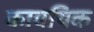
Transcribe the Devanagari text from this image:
कावयिक